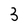
Character: 3